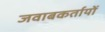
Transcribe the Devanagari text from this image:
जवाबकर्तायों